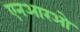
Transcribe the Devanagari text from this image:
एनआरओ